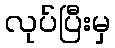
လုပ်ပြီးမှ